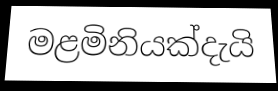
මළමිනියක්දැයි